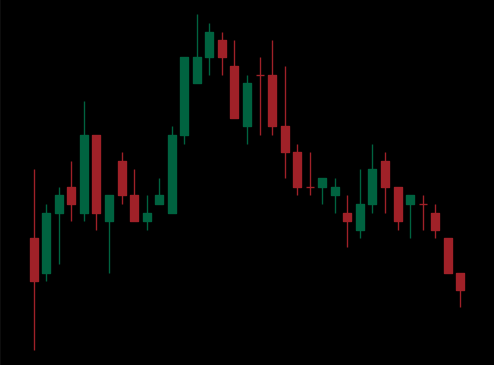
Pattern: head_shoulders